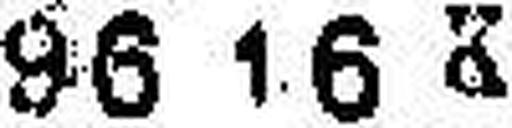
96 16 K